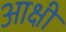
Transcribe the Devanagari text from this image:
आक्षी